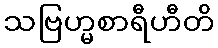
သဗြဟ္မစာရီဟီတိ